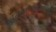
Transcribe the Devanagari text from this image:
उत्तरांचलवासियों